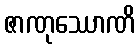
ဇာဏုဿောဏိ